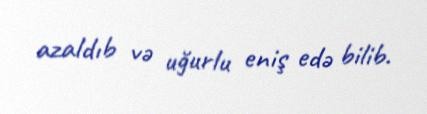
azaldıb və uğurlu eniş edə bilib.